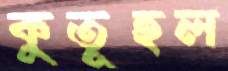
কুতূহল